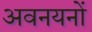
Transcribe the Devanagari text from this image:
अवनयनों